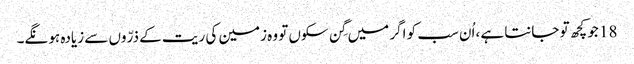
18 جو کچھ تو جانتا ہے ،اُن سب کو اگر میں گِن سکوں تو وہ زمین کی ریت کے ذرّوں سے زیادہ ہو نگے۔